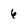
Character: 6